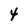
Character: 4